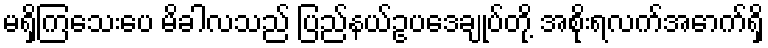
မရှိကြသေးပေ မိခါလသည် ပြည်နယ်ဥပဒေချုပ်တို့ အစိုးရလက်အောက်ရှိ